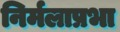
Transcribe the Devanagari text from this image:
निर्मलाप्रभा